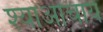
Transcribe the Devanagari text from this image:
श्याओचाय